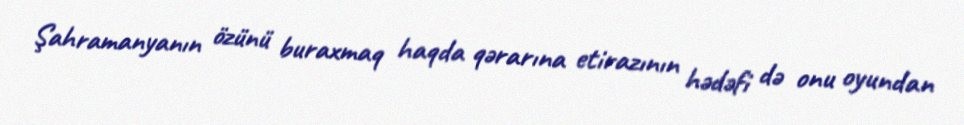
Şahramanyanın özünü buraxmaq haqda qərarına etirazının hədəfi də onu oyundan